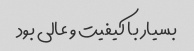
بسیار با کیفیت و عالی بود